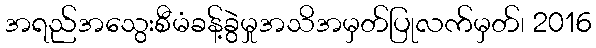
အရည်အသွေးစီမံခန့်ခွဲမှုအသိအမှတ်ပြုလက်မှတ်၊ 2016